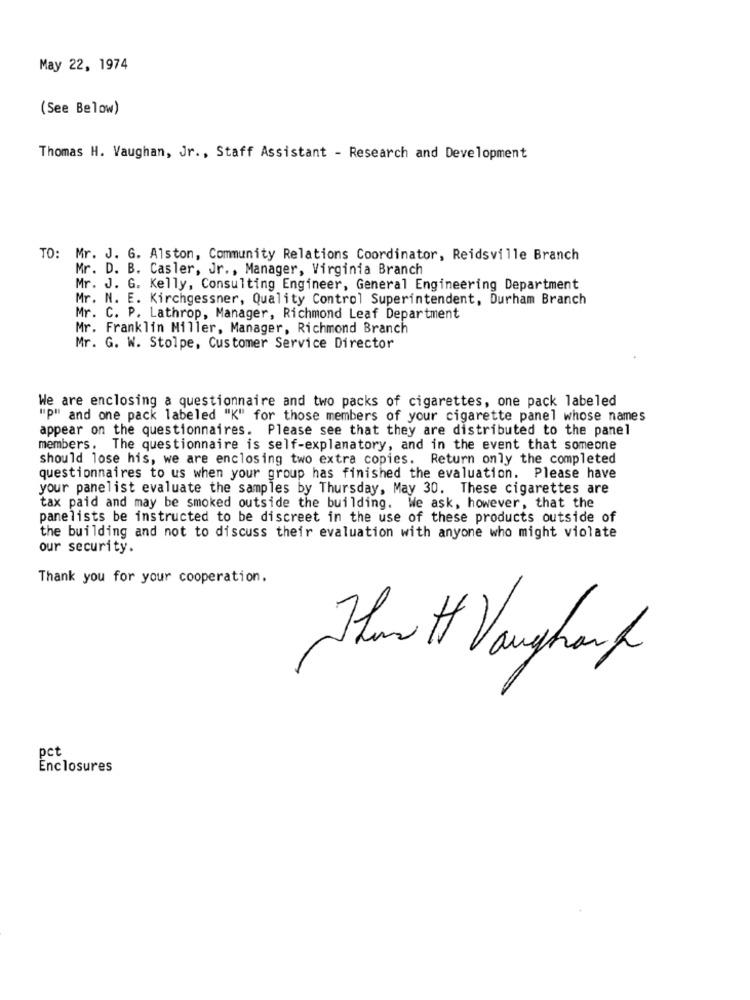
May 22, 1974
(See Below)
Thomas H. Vaughan, Jr ., Staff Assistant - Research and Development
TO: Mr. J. G. Alston, Community Relations Coordinator, Reidsville Branch
Mr. D. B. Casler, Jr ., Manager, Virginia Branch
Mr. J. G. Kelly, Consulting Engineer, General Engineering Department
Mr. N. E. Kirchgessner, Quality Control Superintendent, Durham Branch
Mr. C. P. Lathrop, Manager, Richmond Leaf Department
Mr. Franklin Miller, Manager, Richmond Branch
Mr. G. W. Stolpe, Customer Service Director
We are enclosing a questionnaire and two packs of cigarettes, one pack labeled
"p" and one pack labeled "K" for those members of your cigarette panel whose names
appear on the questionnaires. Please see that they are distributed to the panel
members. The questionnaire is self-explanatory, and in the event that someone
should lose his, we are enclosing two extra copies. Return only the completed
questionnaires to us when your group has finished the evaluation. Please have
your panelist evaluate the samples by Thursday, May 30. These cigarettes are
tax paid and may be smoked outside the building. We ask, however, that the
panelists be instructed to be discreet in the use of these products outside of
the building and not to discuss their evaluation with anyone who might violate
our security.
Thank you for your cooperation.
Than Ht Vaughank
pct
Enclosures